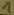
Text: 1